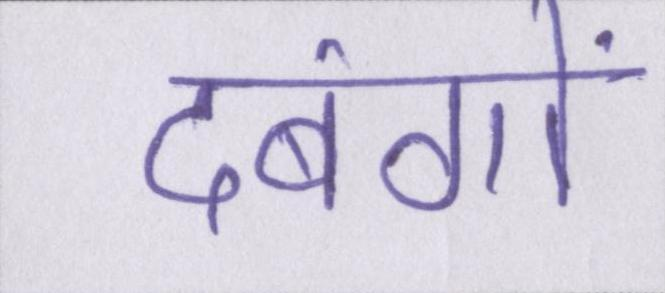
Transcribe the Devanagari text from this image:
दबंगों